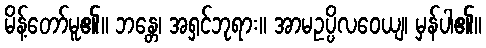
မိန့်တော်မူ၏။ ဘန္တေ၊ အရှင်ဘုရား။ အာမဥပ္ပိလဝေယျ၊ မှန်ပါ၏။